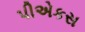
પીએકસ